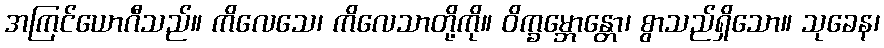
အကြင်ယောဂီသည်။ ကိလေသေ၊ ကိလေသာတို့ကို။ ဝိက္ခမ္ဘောန္တော၊ စွာသည်ရှိသော။ သုခေန၊